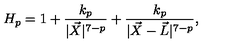
H _ { p } = 1 + \frac { k _ { p } } { | \vec { X } | ^ { 7 - p } } + \frac { k _ { p } } { | \vec { X } - \vec { L } | ^ { 7 - p } } ,